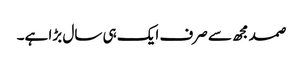
صمد مجھ سے صرف ایک ہی سال بڑا ہے۔